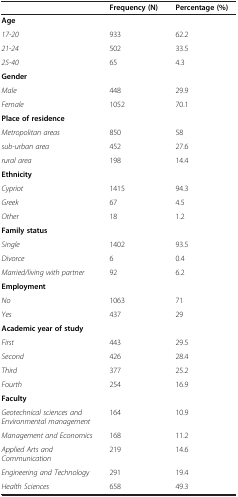
|  | Frequency (N) | Percentage (%) |
 | --- | --- | --- |
 | Age |  |  |
 | 17-20 | 933 | 62.2 |
 | 21-24 | 502 | 33.5 |
 | 25-40 | 65 | 4.3 |
 | Gender |  |  |
 | Male | 448 | 29.9 |
 | Female | 1052 | 70.1 |
 | Place of residence |  |  |
 | Metropolitan areas | 850 | 58 |
 | sub-urban area | 452 | 27.6 |
 | rural area | 198 | 14.4 |
 | Ethnicity |  |  |
 | Cypriot | 1415 | 94.3 |
 | Greek | 67 | 4.5 |
 | Other | 18 | 1.2 |
 | Family status |  |  |
 | Single | 1402 | 93.5 |
 | Divorce | 6 | 0.4 |
 | Married/living with partner | 92 | 6.2 |
 | Employment |  |  |
 | No | 1063 | 71 |
 | Yes | 437 | 29 |
 | Academic year of study |  |  |
 | First | 443 | 29.5 |
 | Second | 426 | 28.4 |
 | Third | 377 | 25.2 |
 | Fourth | 254 | 16.9 |
 | Faculty |  |  |
 | Geotechnical sciences and Environmental management | 164 | 10.9 |
 | Management and Economics | 168 | 11.2 |
 | Applied Arts and Communication | 219 | 14.6 |
 | Engineering and Technology | 291 | 19.4 |
 | Health Sciences | 658 | 49.3 |